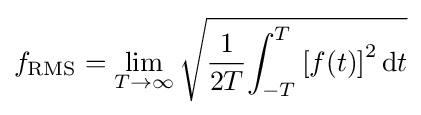
f_{\text{RMS}}=\lim _{T\rightarrow \infty }{\sqrt {{1 \over {2T}}{\int _{-T}^{T}{[f(t)]}^{2}\,{\rm {d}}t}}}